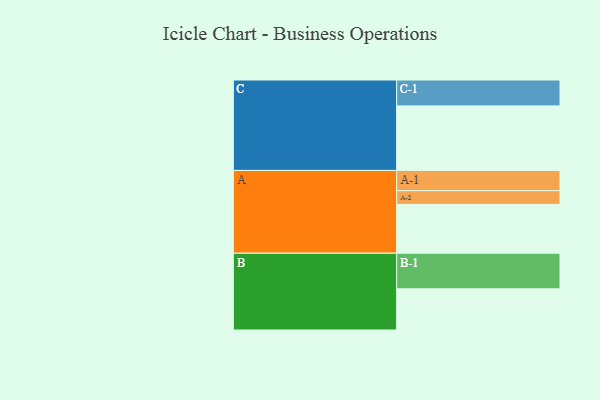
{"axis": {"x": "Segment", "y": "Value"}, "legend": ["", "A", "B", "C"], "data": [{"x": "A", "y": 372, "type": ""}, {"x": "B", "y": 313, "type": ""}, {"x": "C", "y": 491, "type": ""}, {"x": "A-1", "y": 154, "type": "A"}, {"x": "A-2", "y": 104, "type": "A"}, {"x": "B-1", "y": 271, "type": "B"}, {"x": "C-1", "y": 197, "type": "C"}]}